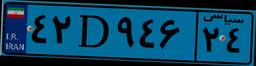
۴۲D۹۴۶۲۴